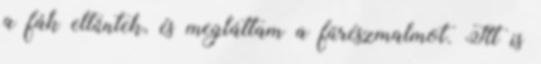
a fák eltűntek, és megláttam a fűrészmalmot. Itt is